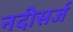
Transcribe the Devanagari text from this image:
नदीसर्ज